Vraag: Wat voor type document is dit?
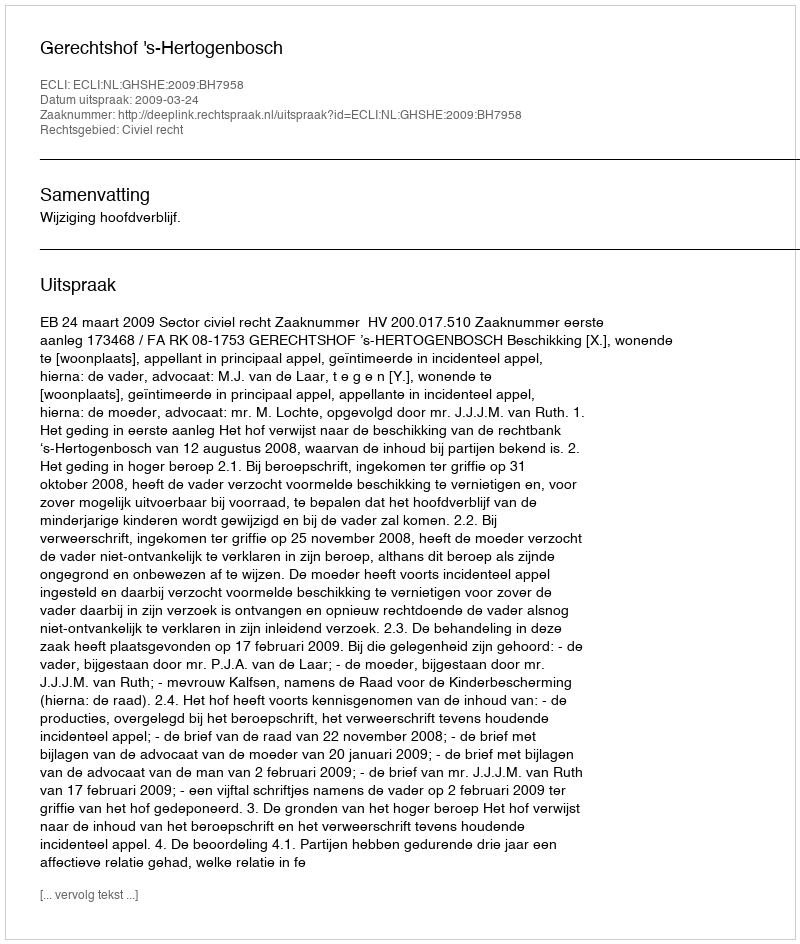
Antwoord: Uitspraak